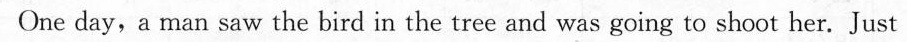
One day, a man saw the bird in the tree and was going to shoot her. Just